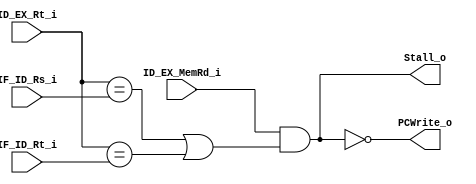
module Hazard_Detection (
    ID_EX_MemRd_i, ID_EX_Rt_i,
    IF_ID_Rs_i, IF_ID_Rt_i,
    Stall_o, PCWrite_o
);

input           ID_EX_MemRd_i;
input   [4:0]   ID_EX_Rt_i, IF_ID_Rs_i, IF_ID_Rt_i;

output          Stall_o, PCWrite_o;

assign Stall_o = (ID_EX_MemRd_i) && ((ID_EX_Rt_i == IF_ID_Rs_i) || (ID_EX_Rt_i == IF_ID_Rt_i));
assign PCWrite_o = ~Stall_o;

endmodule